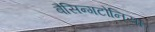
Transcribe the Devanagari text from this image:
बैसिन्गटोनिया